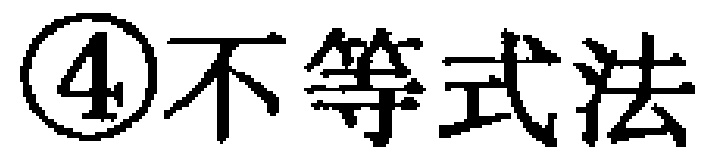
\textcircled{4}不等式法